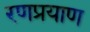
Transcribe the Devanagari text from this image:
रणप्रयाण